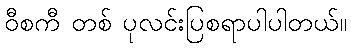
ဝီစကီ တစ် ပုလင်းပြစရာပါပါတယ်။